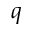
q